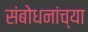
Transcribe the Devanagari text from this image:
संबोधनांच्या